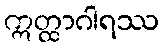
ဣတ္ထာဂါရဿ